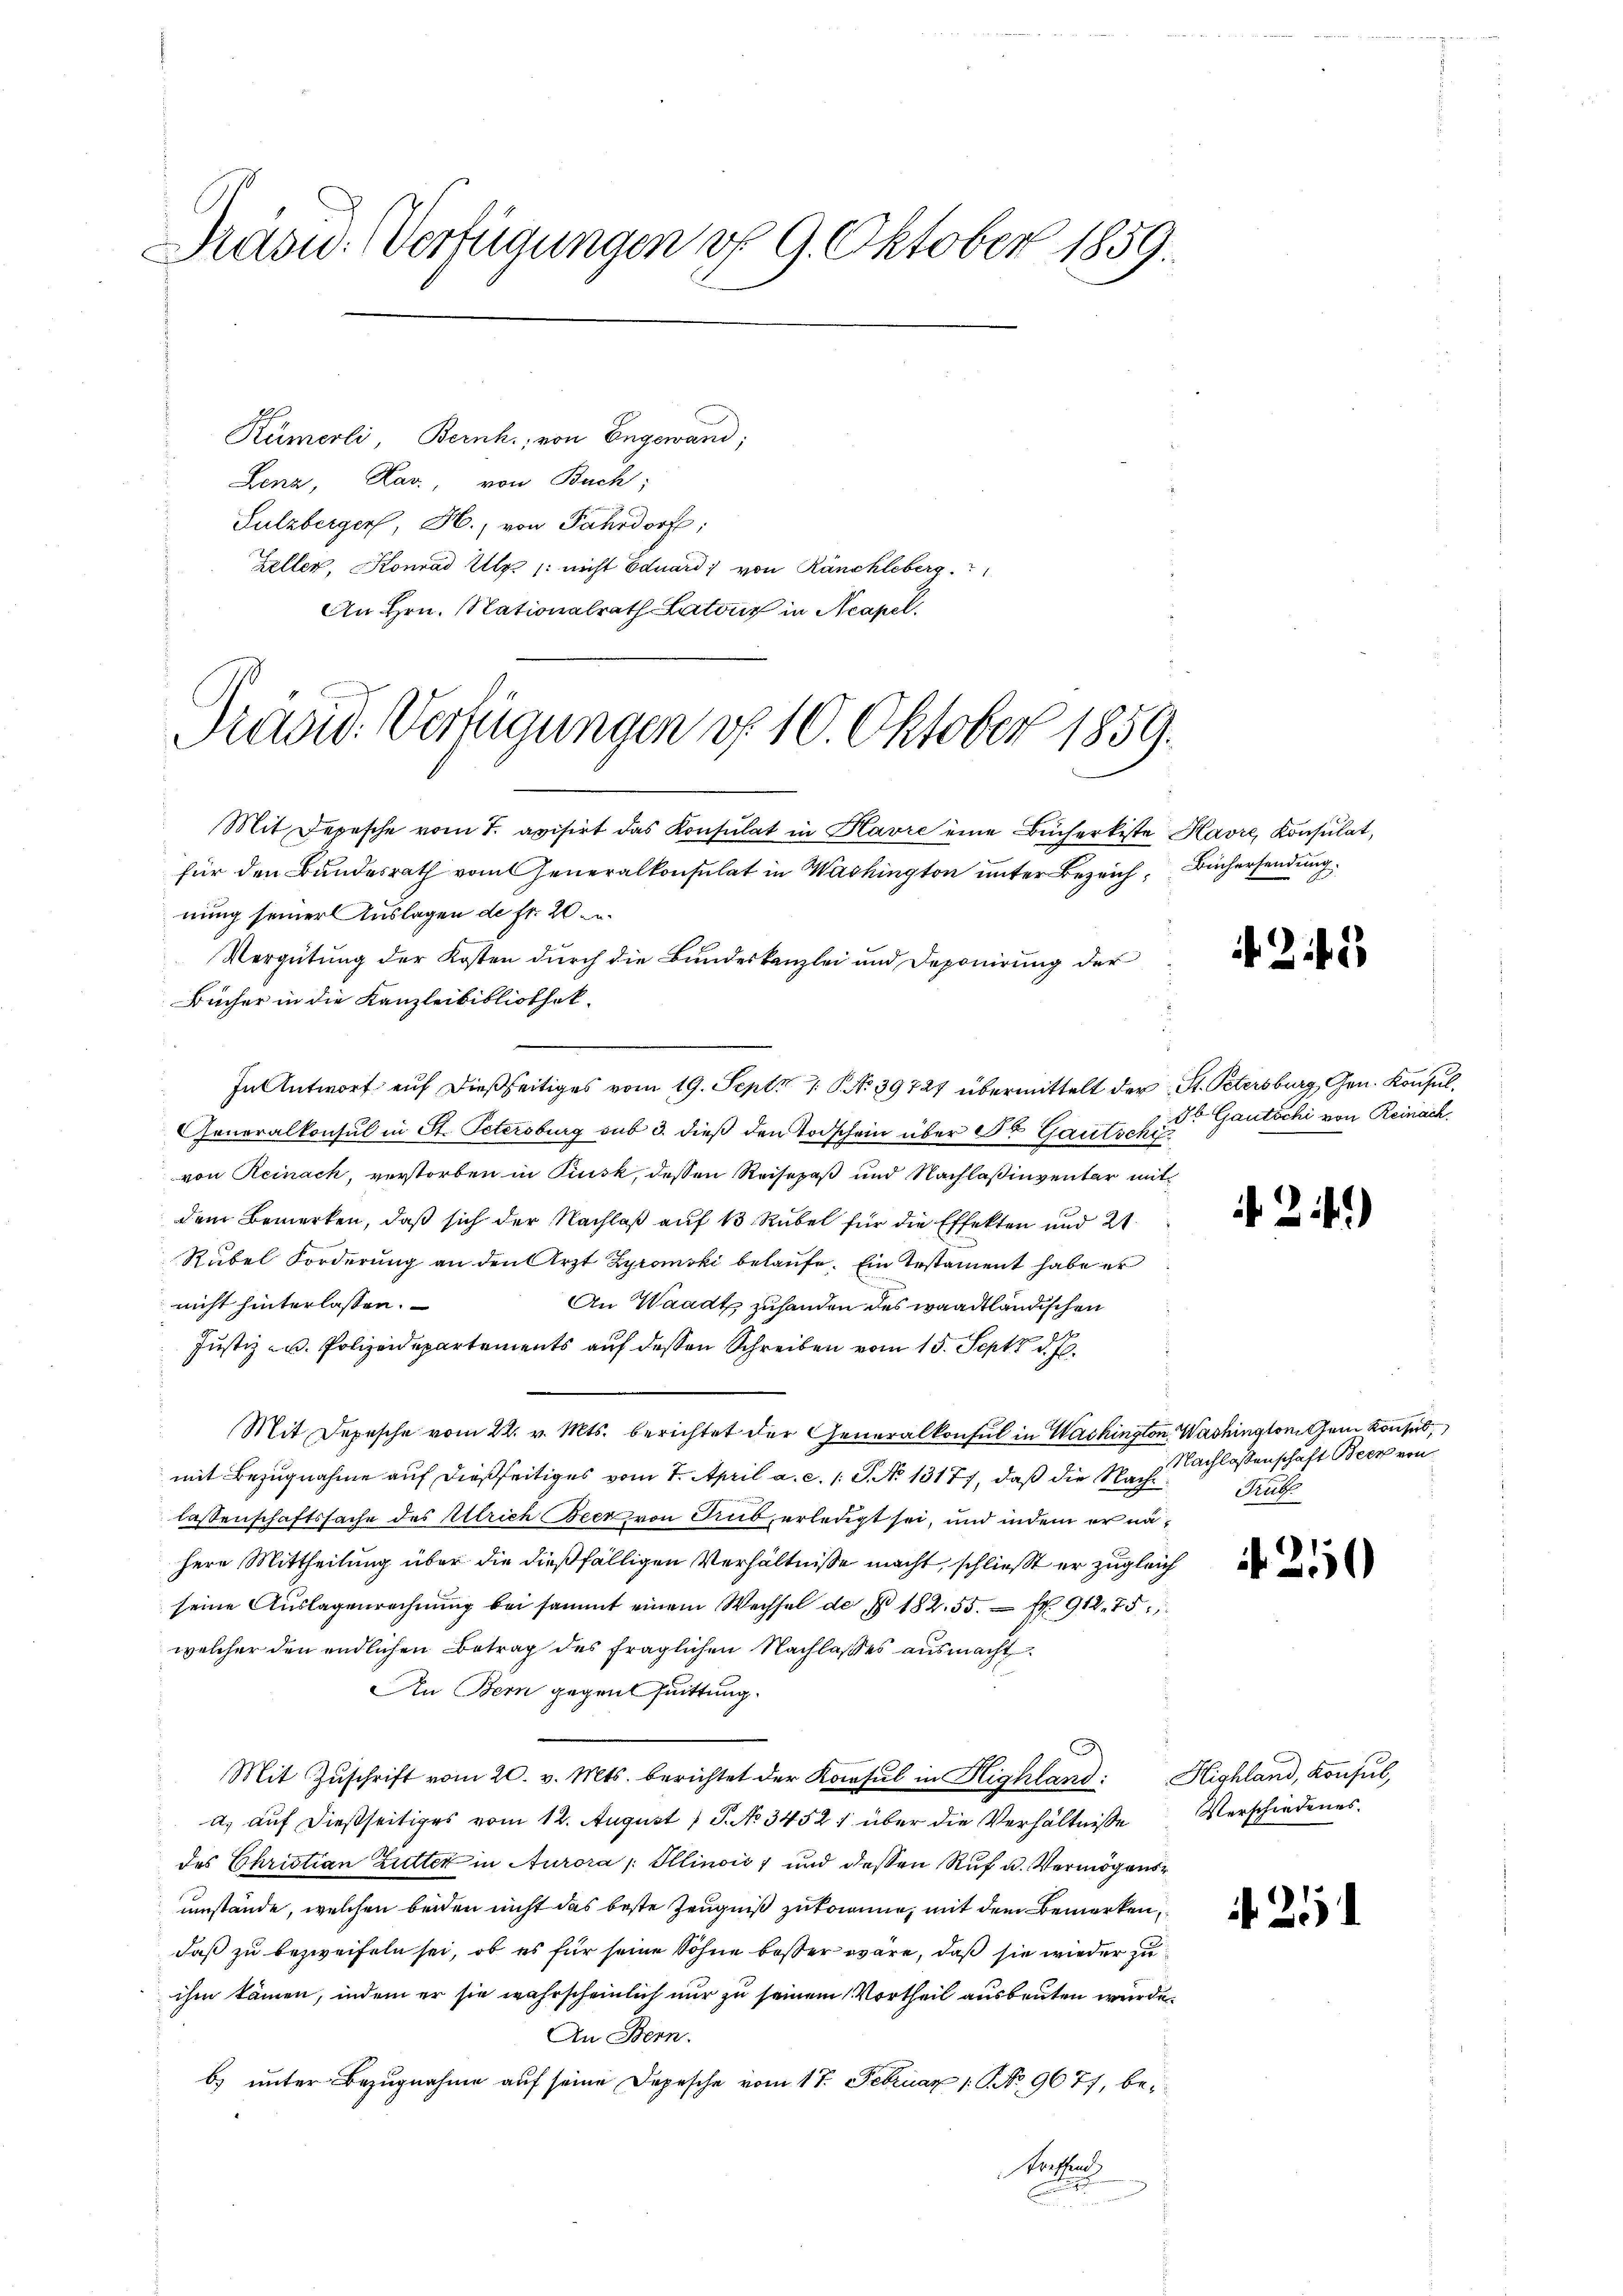
Präsu. Verfügungen d. 9. Oktober 1859.

Rümerli, Bernh., von Engewand;
Benz, Kar, von Buch;
Sulzberger, H., von Fahrdorf:
Zeller, Konrad Uly. /: nicht Eduard von Ränckleberg. 1
An Hrn. Nationalrath Latone in Acapel.

Präsid. Verfügungen d. 10. Oktober 1859.

Mit Depesche vom 7. avisirt das Konsulat in Havre eine Bücherkiste
für den Bundesrath vom Generalkonsulat in Washington unter Bezeichnung seiner Auslagen de fr. 20.
Vergütung der Kosten durch die Bundeskanzlei und Deponirung der
Bücher in die Kanzleibibliothek.
In Antwort auf dießseitiges vom 19. Sept 17 No 39727 übermittelt der St. Petersburg Gen. Konsul¬
Generalkonsul in St. Petersburg sub 3. dieß den Todschein über St. Gautschi
von Reinach, verstorben in Pinsk, dessen Reisepaß und Nachlaßinventar mit
dem Bemerken, daß sich der Nachlaß auf 13 Rubel für die Effekten und 2
Rubel Forderung an den Arzt Zyromski belaufe. Ein Testament habe er
nicht hinterlassen.
An Waadt zuhanden des waadtländischen
Justiz- u. Polizeidepartements auf dessen Schreiben vom 15. Sept d. J.
Mit Depesche vom 22. v. Mts. berichtet der Generalkonsul in Washington Washingtontem Konsul
mit Bezugnahme auf dießseitiges vom 7. April a. c. 1. P. No 1317), daß die Nachlassenschaftssache des Ulrich Beer von Trub erledigt sei, und indem er nähere Mittheilung über die dießfälligen Verhältnisse macht, schließt er zugleich
seine Auslagenrechnŭng bei sammt einem Wechsel de § 182. 55. fr. 918. 75
welcher den endlichen Betrag des fraglichen Nachlasses ausmacht
An Bern gegens suittung.
a
Mit Zuschrift vom 20. v. Mts. berichtet der Konsul in Highland:
a) auf dießseitiges vom 12. August 1 P. No 3452; über die Verhältnisse
des Christian Zutter in Aurora /: Illinois 7 und dessen Ruf u. Vermögen
umstände, welchen beiden nicht das beste Zeugniß zukomme, mit dem Bemerken
daß zu bezweifeln sei, ob es für seine Söhne besser wäre, daß sie wieder zu
ihm kämen, indem er sie wahrscheinlich nur zu seinem Vortheil ausbeuten wurde.
An Bern.
b) unter Bezugnahme auf seine Depesche vom 17. Februar 1. No. 9677, betreffend

t

Havre Konsulat,
Büchersendung.

242

86 Gautschi von Reinach.

2.)

Nachlassenschaft Beck von
Milit

250

Highland, Konsul,
Verschiedenes.

. 21